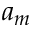
a _ { m }